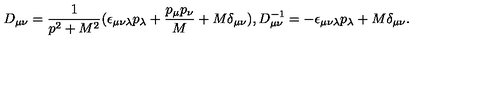
D _ { \mu \nu } = \frac { 1 } { p ^ { 2 } + M ^ { 2 } } ( \epsilon _ { \mu \nu \lambda } p _ { \lambda } + \frac { p _ { \mu } p _ { \nu } } { M } + M \delta _ { \mu \nu } ) , { } D _ { \mu \nu } ^ { - 1 } = - \epsilon _ { \mu \nu \lambda } p _ { \lambda } + M \delta _ { \mu \nu } .